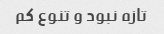
تازه نبود و تنوع کم